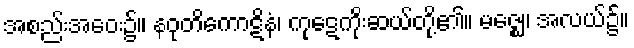
အစည်းအဝေး၌။ နဝုတိကောဋိနံ၊ ကုဋေကိုးဆယ်တို့၏။ မဇ္ဈေ၊ အလယ်၌။